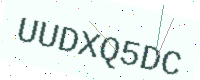
Text: UUDXQ5DC